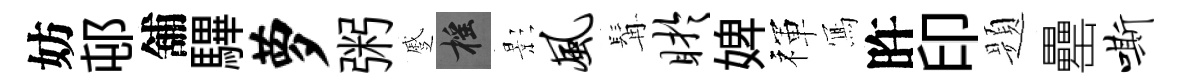
妨邨舖驆萝粥蹙摇影风髯盱婢禈𭂁旿印题罍嘶